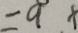
= 9 x